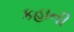
કહાની